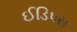
ઈડિપસ